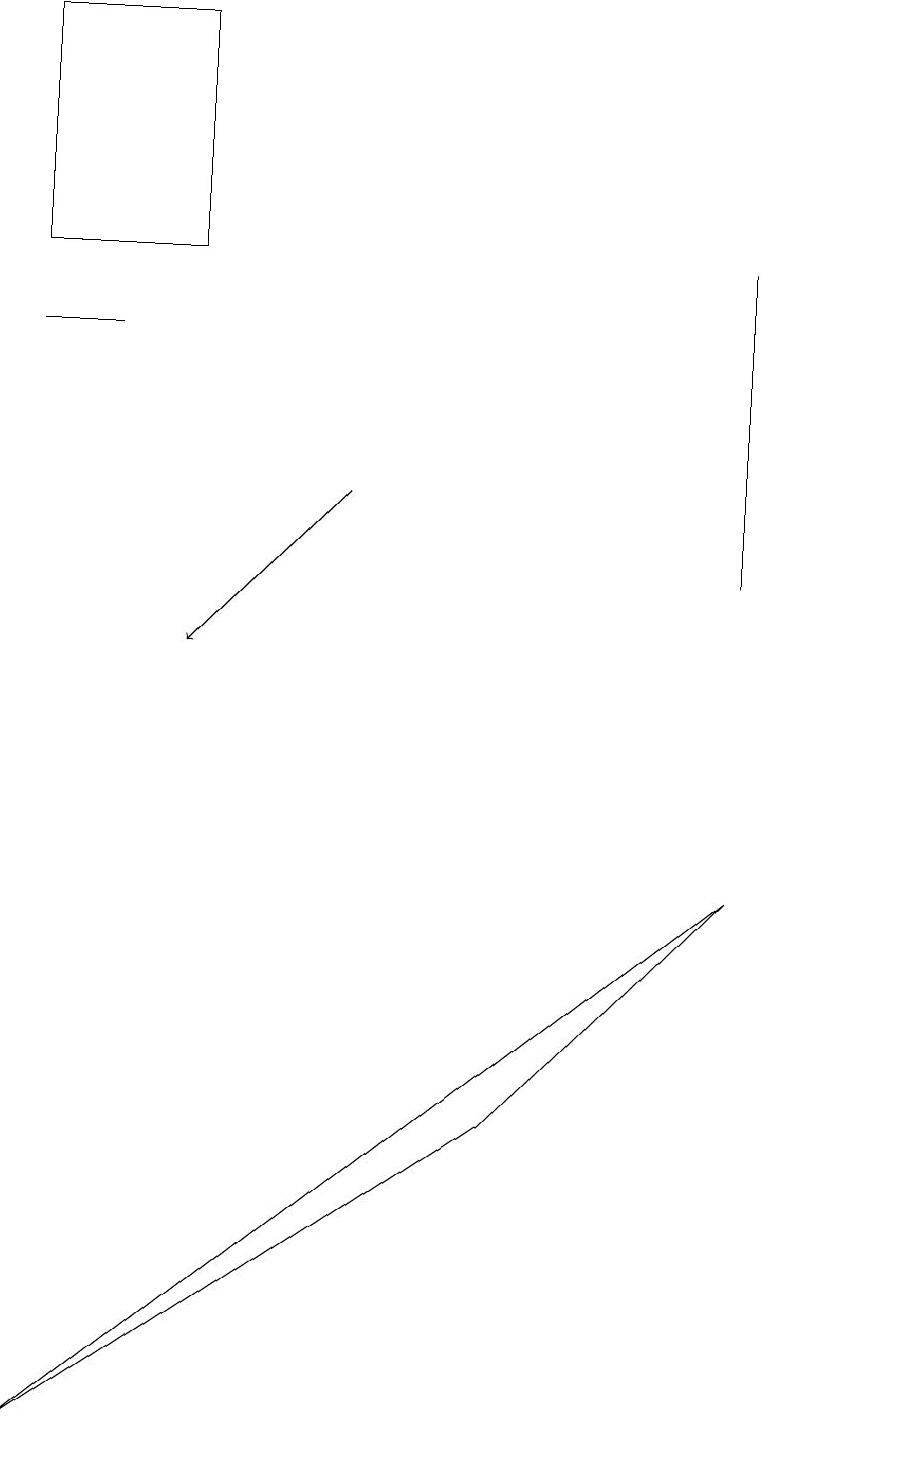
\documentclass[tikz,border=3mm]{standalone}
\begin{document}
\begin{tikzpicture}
\draw[->] (4,12) -- (2,10);
\draw (0,18) rectangle (2,15);
\draw (6,4) -- (0,0) -- (9,7) -- cycle;
\draw (9,15) rectangle (9,11);
\draw (11,11) circle (0);
\draw (1,14) rectangle (0,14);
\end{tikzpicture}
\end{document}